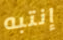
إنتبه